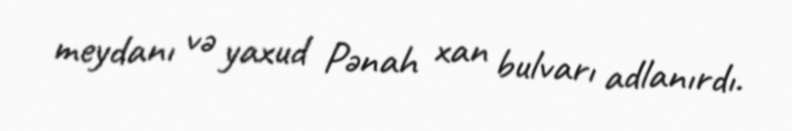
meydanı və yaxud Pənah xan bulvarı adlanırdı.